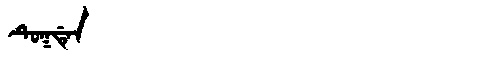
Manchu: ᡨᡠᡴᡩᡝᠨ
Romanization: TUKDEN